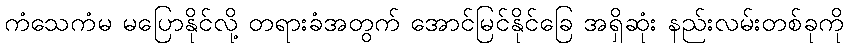
ကံသေကံမ မပြောနိုင်လို့ တရားခံအတွက် အောင်မြင်နိုင်ခြေ အရှိဆုံး နည်းလမ်းတစ်ခုကို